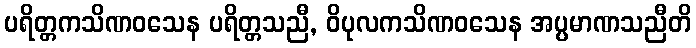
ပရိတ္တကသိဏဝသေန ပရိတ္တသညီ, ဝိပုလကသိဏဝသေန အပ္ပမာဏသညီတိ